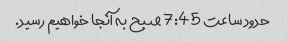
حدود ساعت 7:45 صبح به آنجا خواهیم رسید.